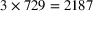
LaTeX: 3 \times 7 2 9 = 2 1 8 7